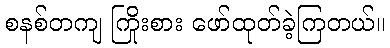
စနစ်တကျ ကြိုးစား ဖော်ထုတ်ခဲ့ကြတယ်။